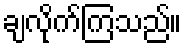
ချလိုက်ကြသည်။